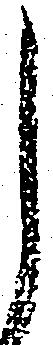
し